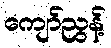
ကျော်ညွန့်